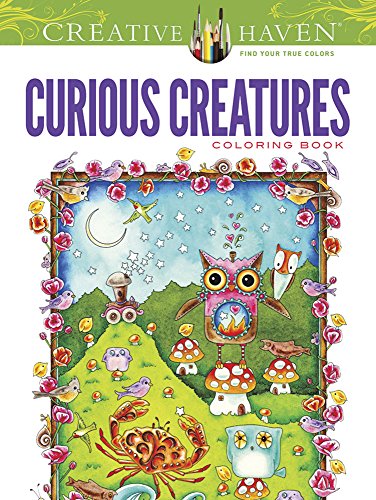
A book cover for Creative Haven Curious Creatures Coloring Book (Creative Haven Coloring Books); Amy Weber; Arts & Photography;